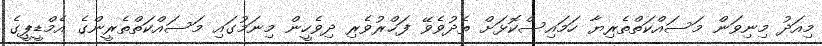
މިއަދު މިނިވަން މަސައްކަތްތެރިޔާ ހަމައިސްކޮޅަށް ތެދުވެވޭ ފަޚްރުވެރި ދިވެހީން މިނަމުގައި މަސައްކަތްތެރީންގެ އެމްޑީޕީގެ